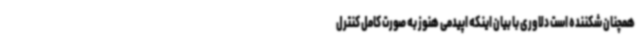
همچنان شکننده است دلاوری با بیان اینکه اپیدمی هنوز به صورت کامل کنترل